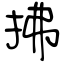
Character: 拂